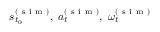
\boldsymbol { s } _ { t _ { 0 } } ^ { ( \mathrm { ~ s ~ i ~ m ~ } ) } , ~ \boldsymbol { a } _ { t } ^ { ( \mathrm { ~ s ~ i ~ m ~ } ) } , ~ \boldsymbol { \omega } _ { t } ^ { ( \mathrm { ~ s ~ i ~ m ~ } ) }